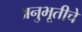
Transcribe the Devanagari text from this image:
अनुभूतीचे